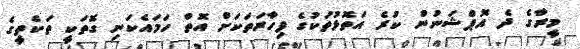
މީރާގެ ދެ އޮޕްޝަނުން ކުރެ އަތޮޅުތަކުގެ ފިހާރަތަކަށް އޮތް ހަމައެކަނި ގޮތަކީ ތަކެތީގެ